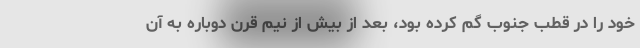
خود را در قطب جنوب گم کرده بود، بعد از بیش از نیم قرن دوباره به آن